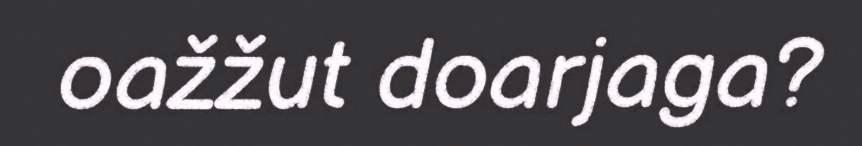
oažžut doarjaga?